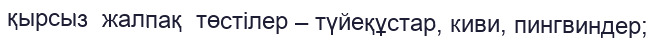
қырсыз  жалпақ  төстілер – түйеқұстар, киви, пингвиндер;